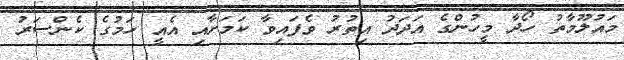
މައުލޫމާތު ހޯދާ މީހުންގެ އަދަދު އިތުރު ވެފައިވާ ކަމަށާއި އެއީ ހަމުގެ ކެންސަރު